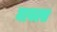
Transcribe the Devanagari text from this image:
मायल्स